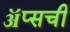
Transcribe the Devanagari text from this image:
ॲप्सची